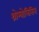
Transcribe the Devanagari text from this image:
थ्रोम्बोलिसिस